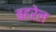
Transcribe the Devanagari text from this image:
बहरेल